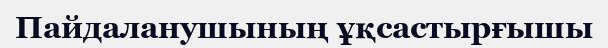
Пайдаланушының ұқсастырғышы